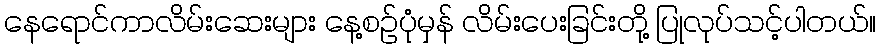
နေရောင်ကာလိမ်းဆေးများ နေ့စဉ်ပုံမှန် လိမ်းပေးခြင်းတို့ ပြုလုပ်သင့်ပါတယ်။